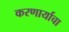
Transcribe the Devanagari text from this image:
करणार्याचा